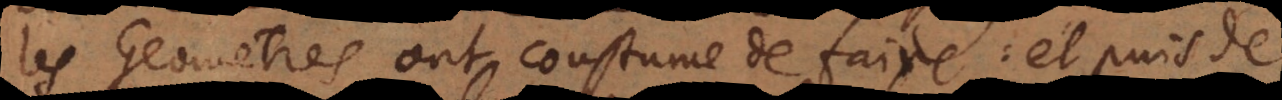
les Geometres ont coustume de faire: et puis de